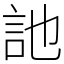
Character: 訑